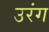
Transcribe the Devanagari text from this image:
उरंग